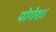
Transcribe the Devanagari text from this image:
योगेश।